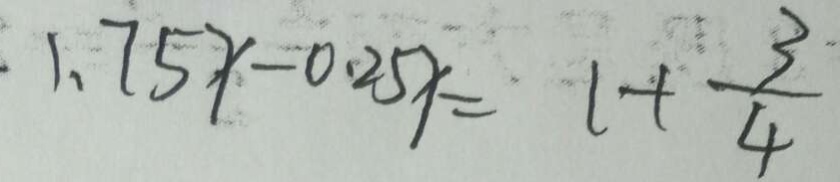
1 . 7 5 x - 0 . 2 5 x = 1 + \frac { 3 } { 4 }